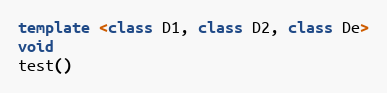
Language: C++
template <class D1, class D2, class De>
void
test()